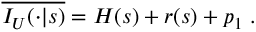
\overline { { { I _ { U } ( \cdot | s ) } } } = H ( s ) + r ( s ) + p _ { 1 } \; .